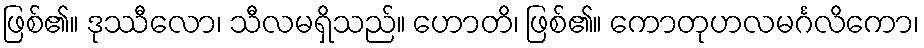
ဖြစ်၏။ ဒုဿီလော၊ သီလမရှိသည်။ ဟောတိ၊ ဖြစ်၏။ ကောတုဟလမင်္ဂလိကော၊